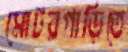
মোটরগাড়িতে